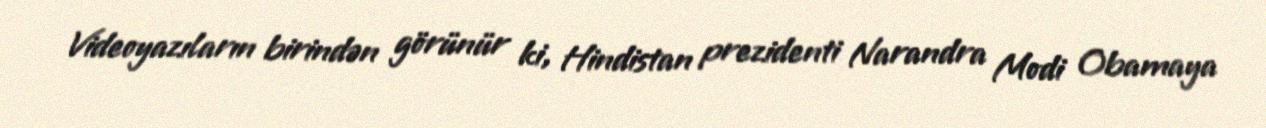
Videoyazıların birindən görünür ki, Hindistan prezidenti Narandra Modi Obamaya